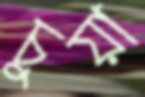
চুয়া